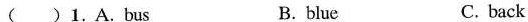
( )1.A.Bus B. blue C. back